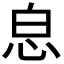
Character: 𢘣